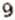
9